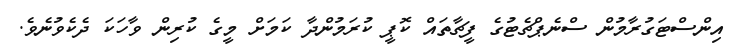
އިންސްޓަގުރާމުން ސްނެޕްޗެޓުގެ ފީޗާތައް ކޮޕީ ކުރަމުންދާ ކަމަށް މީގެ ކުރިން ވާހަކަ ދެކެވުނެވެ.